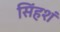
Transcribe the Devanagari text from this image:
सिंहशं